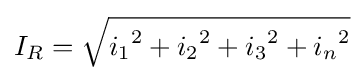
I_{R}={\sqrt {{i_{1}}^{2}+{i_{2}}^{2}+{i_{3}}^{2}+{i_{n}}^{2}}}